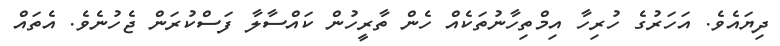
ދިޔައެވެ. އަހަރުގެ ހުރިހާ އިމްތިހާނުތަކެއް ހެން ތާރީހުން ކައްސާލާ ފަސްކުރަން ޖެހުނެވެ. އެތައް